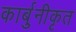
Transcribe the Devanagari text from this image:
कार्बुनीकृत